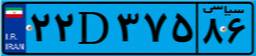
۲۲D۳۷۵۸۶